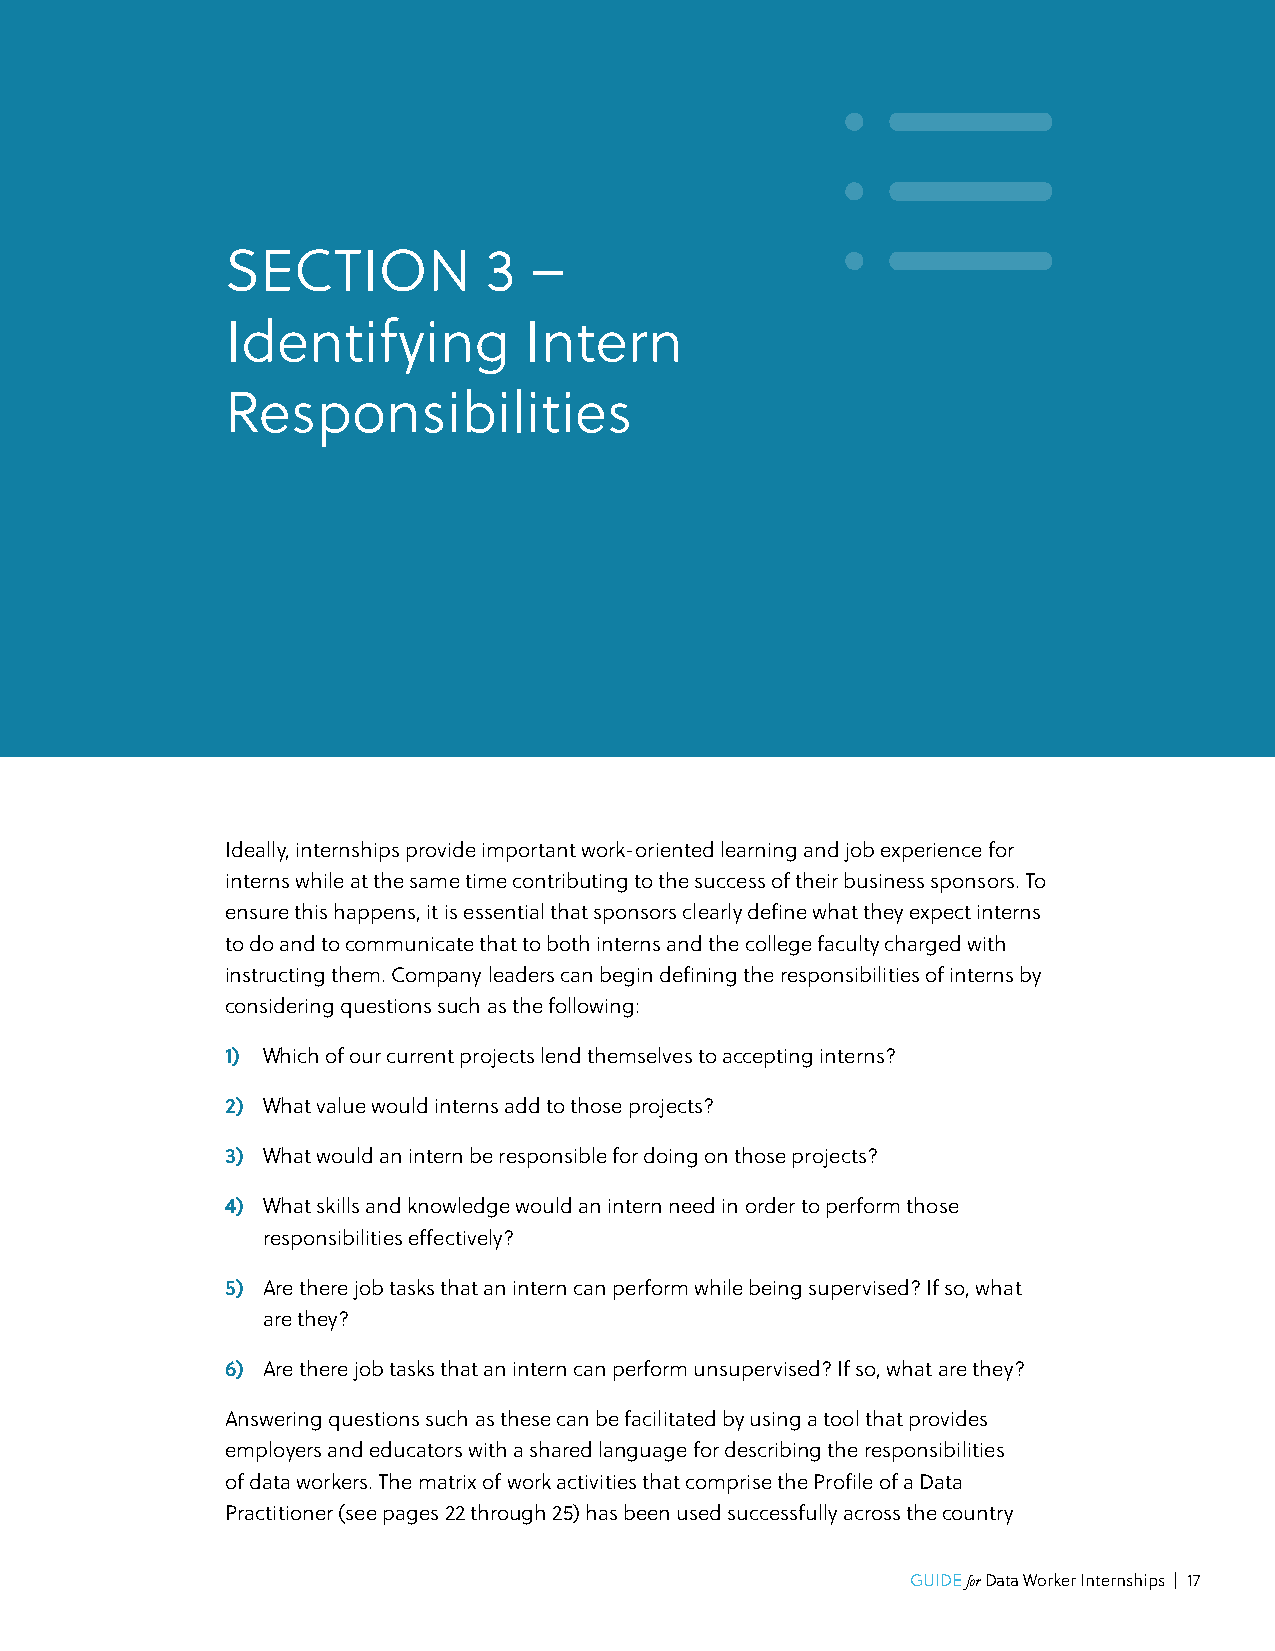
SECTION          3  –
 Identifying         Intern
 Responsibilities
 Ideally, internships provide important work-oriented learning and job experience for
 interns while at the same time contributing to the success of their business sponsors. To
 ensure this happens, it is essential that sponsors clearly define what they expect interns
 to do and to communicate that to both interns and the college faculty charged with
 instructing them. Company leaders can begin defining the responsibilities of interns by
 considering questions such as the following:
 1) Which of our current projects lend themselves to accepting interns?
 2) What value would interns add to those projects?
 3) What would an intern be responsible for doing on those projects?
 4) What skills and knowledge would an intern need in order to perform those
 responsibilities effectively?
 5) Are there job tasks that an intern can perform while being supervised? If so, what
 are they?
 6) Are there job tasks that an intern can perform unsupervised? If so, what are they?
 Answering questions such as these can be facilitated by using a tool that provides
 employers and educators with a shared language for describing the responsibilities
 of data workers. The matrix of work activities that comprise the Profile of a Data
 Practitioner (see pages 22 through 25) has been used successfully across the country
 GUIDE for Data Worker Internships | 17